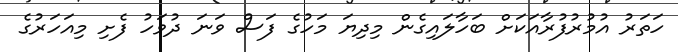
ހަތަރު އުމުރުފުރާއަކަށް ބަހާލައިގެން މިދިޔަ މަހުގެ ފަސް ވަނަ ދުވަހު ފެށި މިއަހަރުގެ